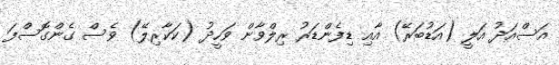
އަސްއަދު އަލީ (އަޑުބަރޭ) އާއި ޑިފެންޑަރު ރިލްވާން ވަހީދު (ކަކާރިލޭ) ވެސް ގެންގޮސްފަ